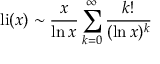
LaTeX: \operatorname { l i } ( x ) \sim { \frac { x } { \ln x } } \sum _ { k = 0 } ^ { \infty } { \frac { k ! } { ( \ln x ) ^ { k } } }